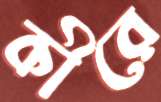
কীরে